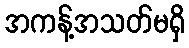
အကန့်အသတ်မရှိ